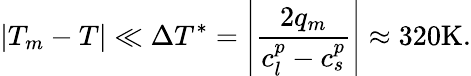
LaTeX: |T_{m}-T|\ll\Delta T^{*}=\left|\frac{2q_{m}}{c_{l}^{p}-c_{s}^{p}}\right|\approx 320\mathrm{K}.